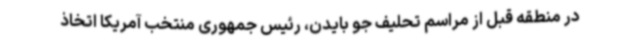
در منطقه قبل از مراسم تحلیف جو بایدن، رئیس جمهوری منتخب آمریکا اتخاذ